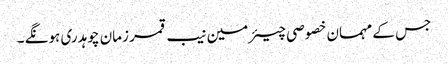
جس کے مہمان خصوصی چیئرمین نیب قمر زمان چوہدری ہونگے ۔